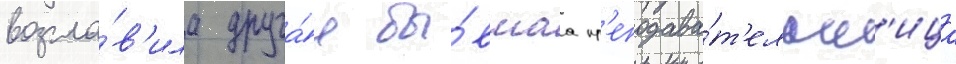
возгла́в'ила друга́я бы́вшаа пр'еподава́т'ельн'ица